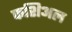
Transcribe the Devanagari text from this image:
फशिअल